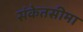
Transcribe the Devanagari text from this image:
संकेतसीमा